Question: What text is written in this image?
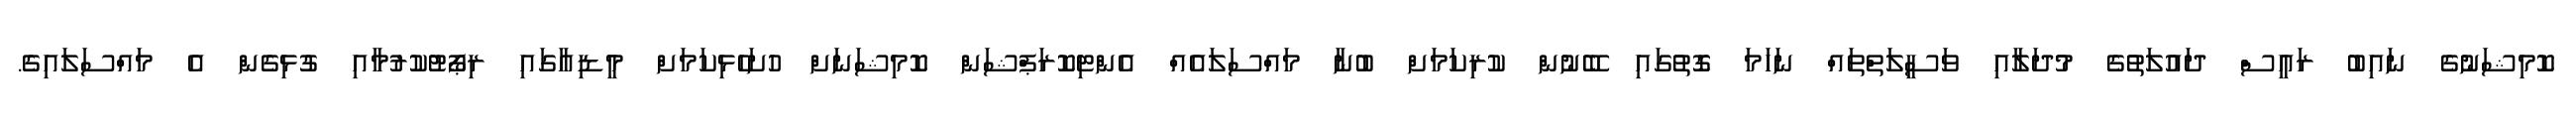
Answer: ކޮމިޝަނުގެ ނައިބު ރައީސް ދައުލަތުގެ މުދަލާއި ވަސީލަތްތައް ނަހަމަ ގޮތުގައި ބޭނުން ކުރިކަމަށް ބުނާ މައްސަލައެއް އެންޓިކޮރަޕްޝަން ކޮމިޝަނަށް ހުށަހެޅިކަމަށް މީޑިއާގައި ރިޕޯޓުކުރުމާއި ގުޅިގެން އެ މައްސަލައިގެ.